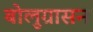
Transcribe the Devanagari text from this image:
बोलुग्रासन